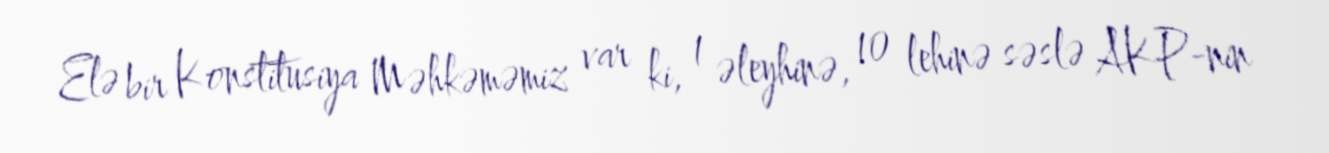
Elə bir Konstitusiya Məhkəməmiz var ki, 1 əleyhinə, 10 lehinə səslə AKP-nin